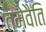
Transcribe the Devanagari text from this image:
तमेवैति